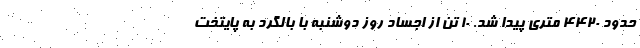
حدود ۴۴۲۰ متری پیدا شد. ۱۰ تن از اجساد روز دوشنبه با بالگرد به پایتخت